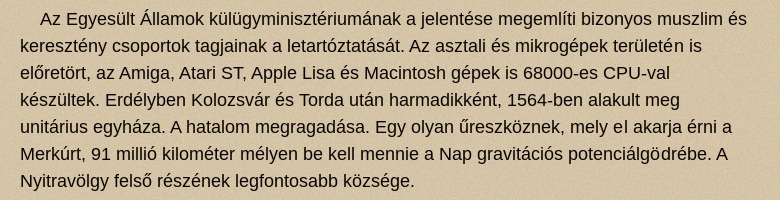
Az Egyesült Államok külügyminisztériumának a jelentése megemlíti bizonyos muszlim és keresztény csoportok tagjainak a letartóztatását. Az asztali és mikrogépek területén is előretört, az Amiga, Atari ST, Apple Lisa és Macintosh gépek is 68000-es CPU-val készültek. Erdélyben Kolozsvár és Torda után harmadikként, 1564-ben alakult meg unitárius egyháza. A hatalom megragadása. Egy olyan űreszköznek, mely el akarja érni a Merkúrt, 91 millió kilométer mélyen be kell mennie a Nap gravitációs potenciálgödrébe. A Nyitravölgy felső részének legfontosabb községe.